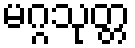
မဂ္ဂသုတ္တ